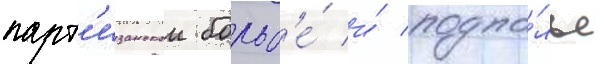
парт'изанскои борьб'е́ и́ подпо́лье